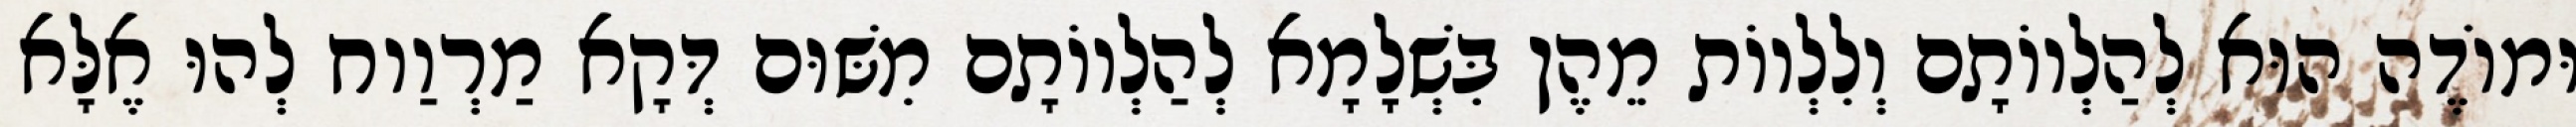
וּמוֹדֶה הוּא לְהַלְווֹתָם וְלִלְווֹת מֵהֶן בִּשְׁלָמָא לְהַלְווֹתָם מִשּׁוּם דְּקָא מַרְוַוח לְהוּ אֶלָּא